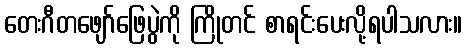
တေးဂီတဖျော်ဖြေပွဲကို ကြိုတင် စာရင်းပေးလို့ရပါသလား။